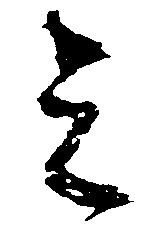
ミ